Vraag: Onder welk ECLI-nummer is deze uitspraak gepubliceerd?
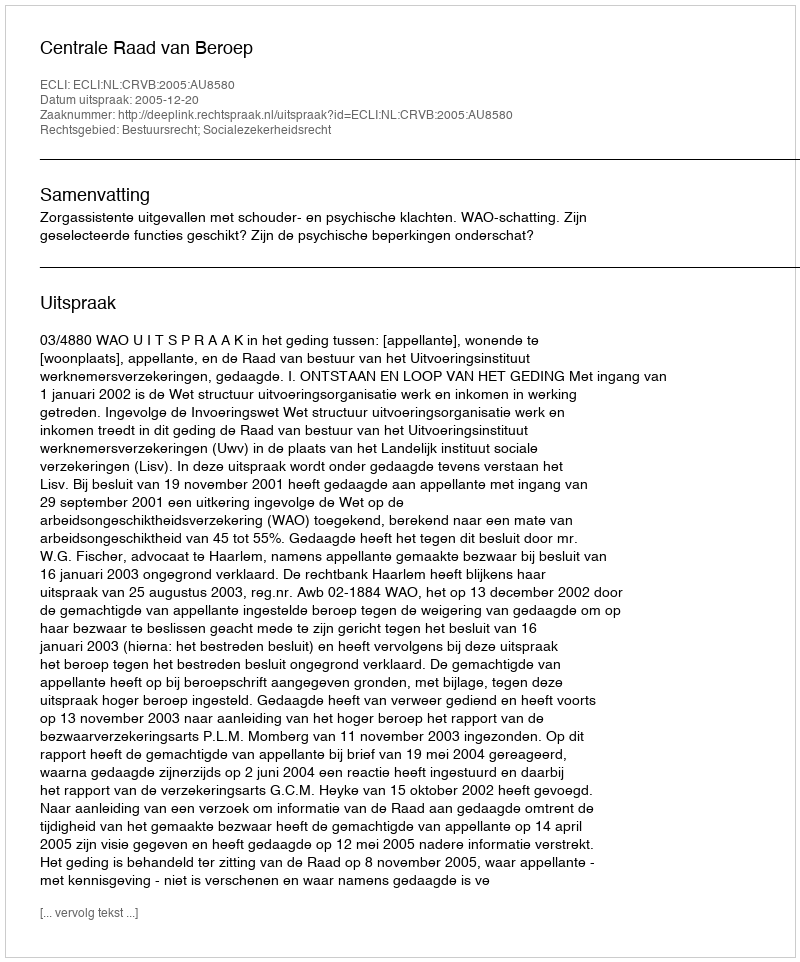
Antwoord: ECLI:NL:CRVB:2005:AU8580